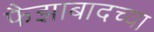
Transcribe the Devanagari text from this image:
फैझाबादच्या